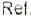
REF.